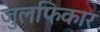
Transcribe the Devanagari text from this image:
जुलफिकार